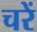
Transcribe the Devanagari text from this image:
चरें